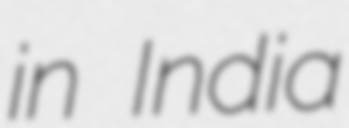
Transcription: in India